Source: Handwritten
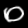
Digit: ၀ (0)